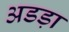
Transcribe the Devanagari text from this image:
अडड़ा